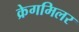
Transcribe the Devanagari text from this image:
क्रेगमिलर